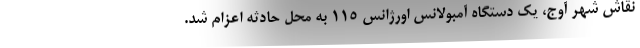
نقاش شهر آوج، یک دستگاه آمبولانس اورژانس ۱۱۵ به محل حادثه اعزام شد.